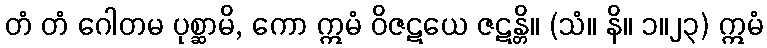
တံ တံ ဂေါတမ ပုစ္ဆာမိ, ကော ဣမံ ဝိဇဋယေ ဇဋန္တိ။ (သံ။ နိ။ ၁။၂၃) ဣမံ